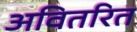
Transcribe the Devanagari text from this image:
अवितरित